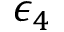
\epsilon _ { 4 }